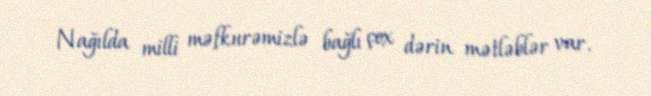
Nağılda milli məfkurəmizlə bağlı çox dərin mətləblər var.